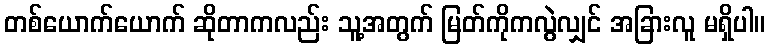
တစ်ယောက်ယောက် ဆိုတာကလည်း သူ့အတွက် မြတ်ကိုကလွဲလျှင် အခြားလူ မရှိပါ။